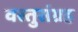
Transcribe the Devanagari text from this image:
वस्तुसंग्रह